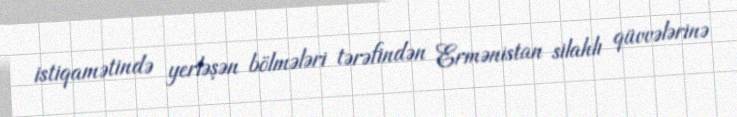
istiqamətində yerləşən bölmələri tərəfindən Ermənistan silahlı qüvvələrinə